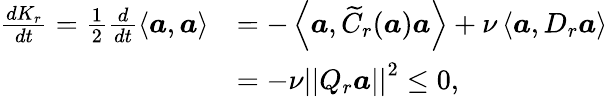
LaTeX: \begin{array}{rl}{\frac{dK_{r}}{dt}=\frac{1}{2}\frac{d}{dt}\left<\boldsymbol{a},\boldsymbol{a}\right>}&{=-\left<\boldsymbol{a},\widetilde{C}_{r}(\boldsymbol{a})\boldsymbol{a}\right>+\nu\left<\boldsymbol{a},D_{r}\boldsymbol{a}\right>}\\ &{=-\nu\left|\left|Q_{r}\boldsymbol{a}\right|\right|^{2}\leq 0,}\end{array}